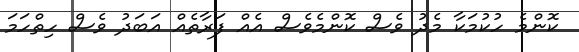
ކޮންމެ ހުކުމަކާ މެދު ވެސް ކޮންމެވެސް އެއް ފަރާތެއް އަބަދު ވެސް ހިތްހަމަ